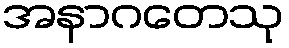
အနာဂတေသု